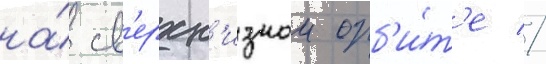
на́ св'ерхн'изкои орб'и́т'е //